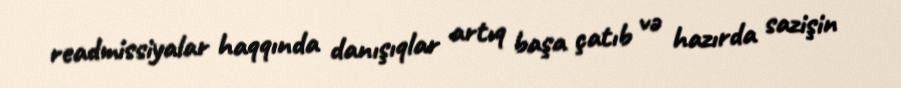
readmissiyalar haqqında danışıqlar artıq başa çatıb və hazırda sazişin